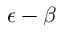
\epsilon - \beta